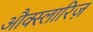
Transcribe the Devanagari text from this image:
औक्स्लारिज़